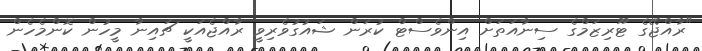
"ރާއްޖޭގެ ޓޫރިޒަމްގެ ސިނާއަތަށް އިންވެސްޓް ކުރަން ޝައުގުވެރިވީ ރާއްޖެއަކީ ޗައިނާ މީހުން ކޮންމެހެން